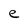
Character: e